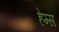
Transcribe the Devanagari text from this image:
हेम्‍स